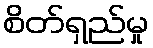
စိတ်ရှည်မှု